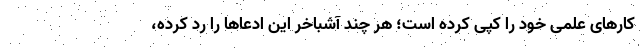
کارهای علمی خود را کپی کرده است؛ هر چند آشباخر این ادعاها را رد کرده،